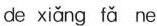
de xiǎng fǎ ne